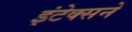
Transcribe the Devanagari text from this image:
इंटेक्सने